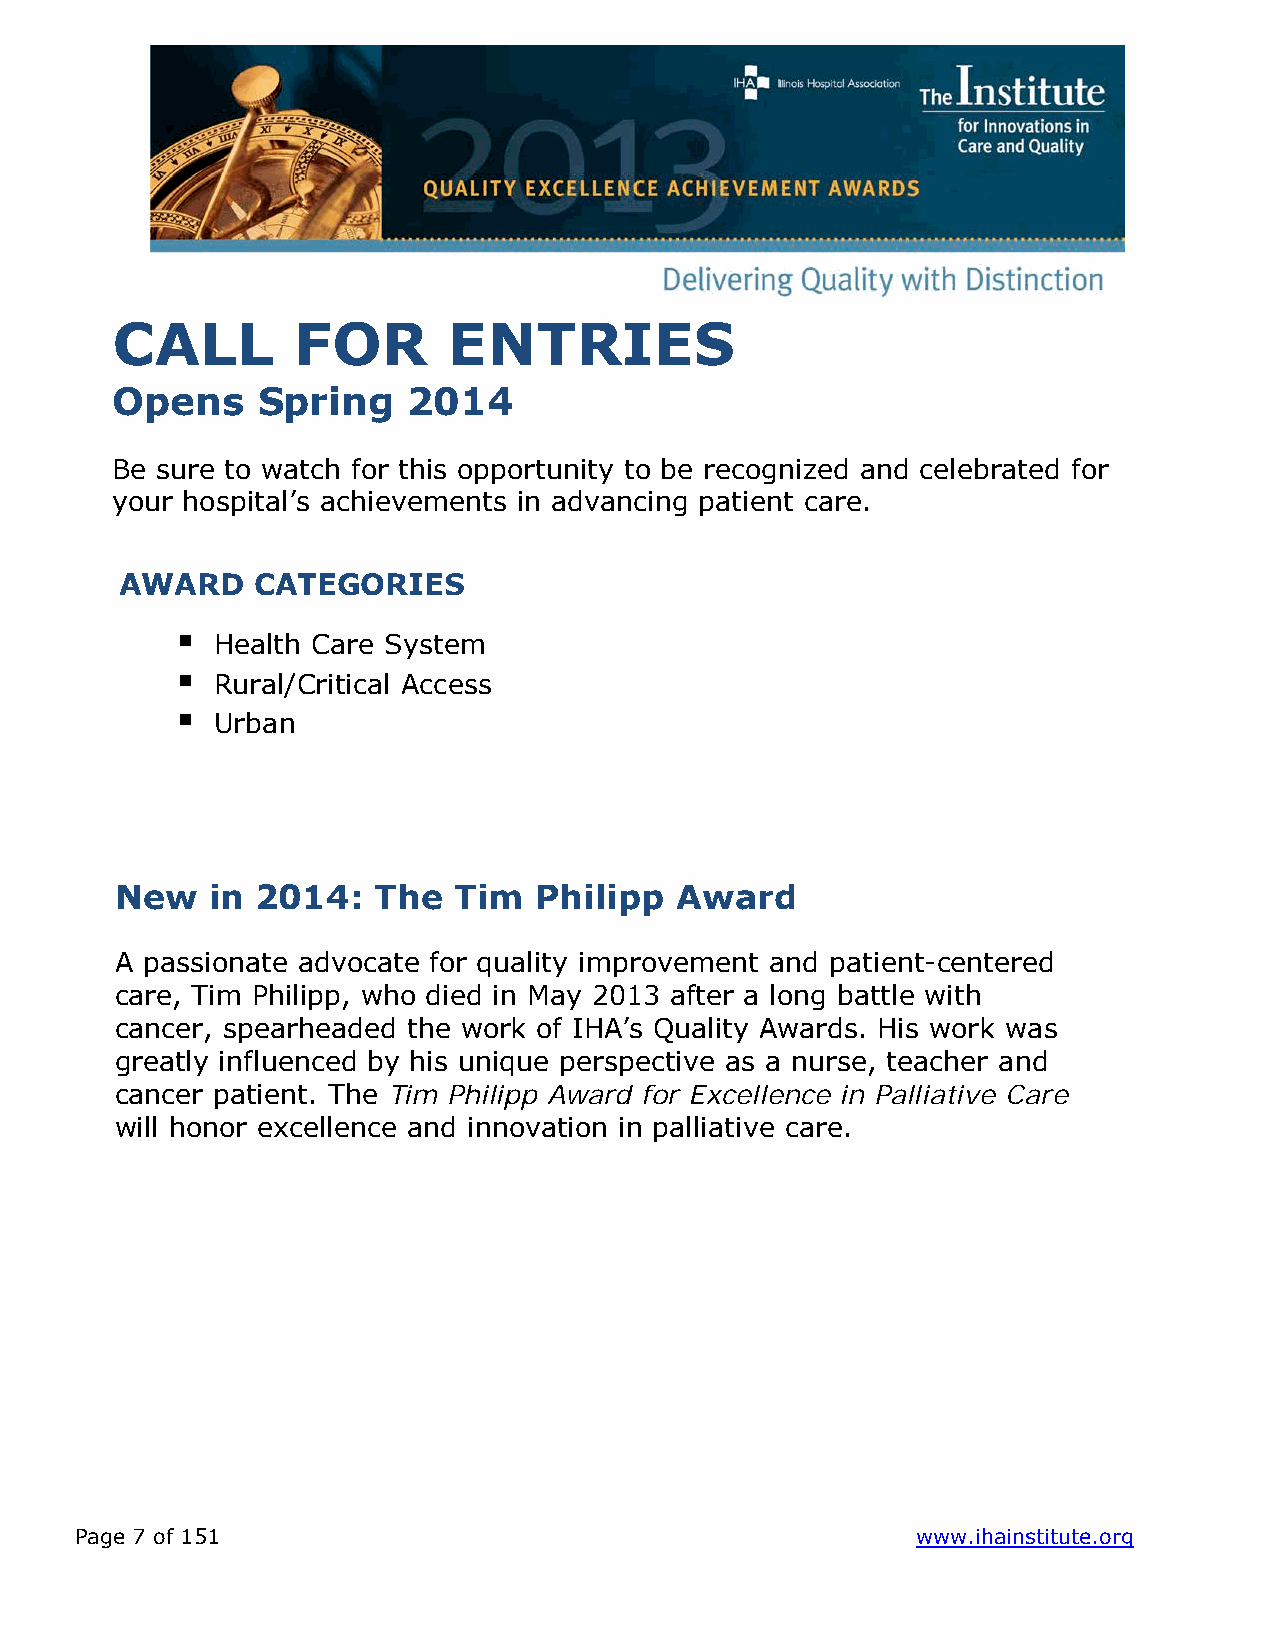
CALL        FOR        ENTRIES
 Opens     Spring    2014
 Be sure to watch for this opportunity to be recognized and celebrated for
 your hospital’s achievements in advancing patient care.
 AWARD    CATEGORIES
 
 Health Care System
 
 Ru ral/Critical Acce ss
 
 Urban
 N ew  in 2014:   The  Tim  Philipp   Award
 A passionate advocate for quality improvement and patient-centered
 care, Tim Philipp, who died in May 2013 after a long battle with
 cancer, spearheaded the work of IHA’s Quality Awards. His work was
 greatly influenced by his unique perspective as a nurse, teacher and
 cancer patient. The Tim Philipp Award for Excellence in Palliative Care
 will honor excellence and innovation in palliative care.
 Page 7 of 151                                           www.ihainstitute.org